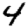
Digit: 4